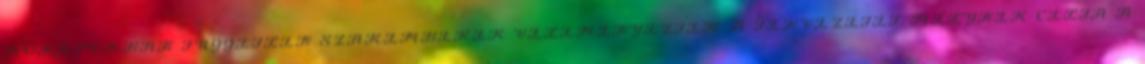
HÓNAPOKBAN FÜGGETLEN SZAKEMBEREK VÉLEMÉNYEZTÉK A TERVEZETET, MELYNEK CÉLJA A